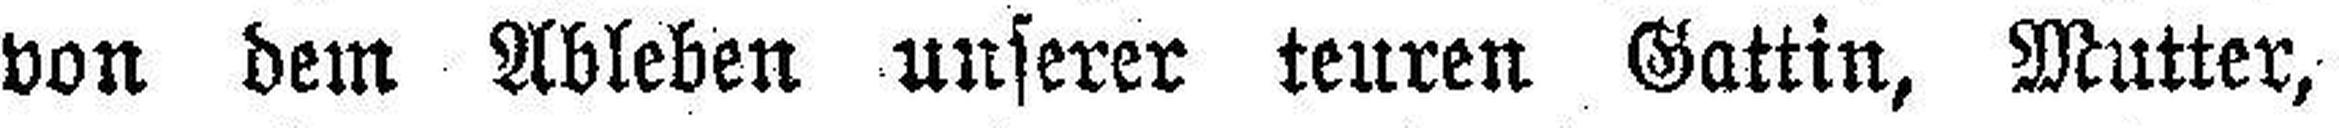
von dem Ableben unserer teuren Gattin, Mutter,